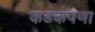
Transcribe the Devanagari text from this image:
कडकपणा